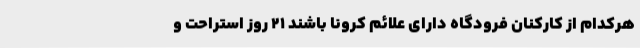
هرکدام از کارکنان فرودگاه دارای علائم کرونا باشند ۲۱ روز استراحت و